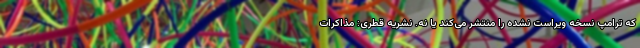
که ترامپ نسخه ویراست نشده را منتشر می‌کند یا نه. نشریه قطری: مذاکرات